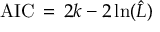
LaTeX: \mathrm { A I C } \, = \, 2 k - 2 \ln ( { \hat { L } } )